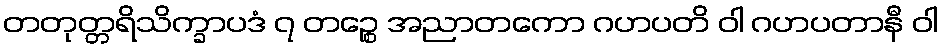
တတုတ္တရိသိက္ခာပဒံ ၇ တဉ္စေ အညာတကော ဂဟပတိ ဝါ ဂဟပတာနီ ဝါ